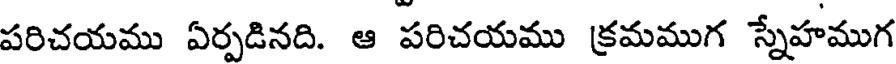
పరిచయము ఏర్పడినది. ఆ పరిచయము క్రమముగ స్నేహముగ